Annual report on the working of the mental hospitals in the Madras Presidency - 1912-1932
Year: 1912
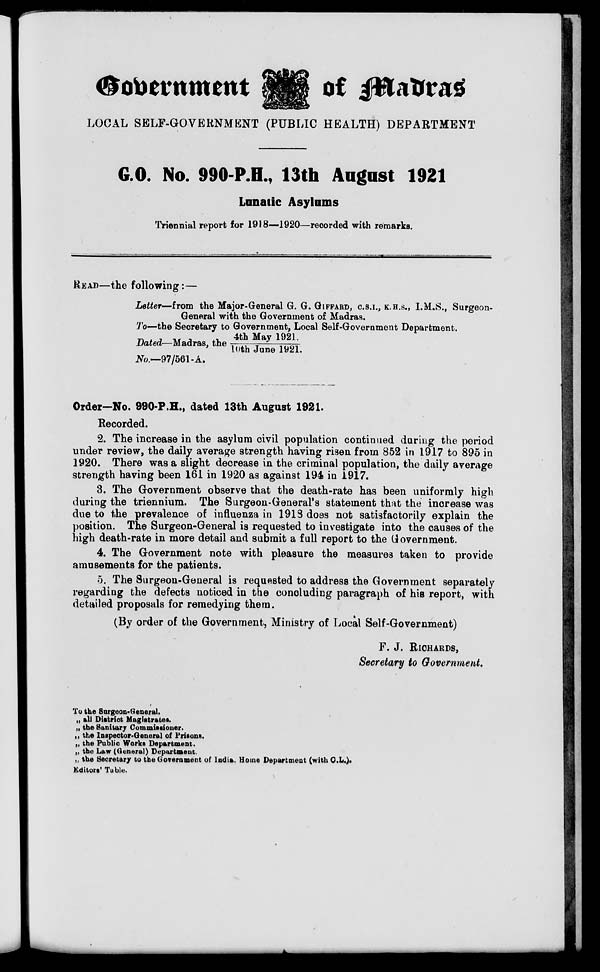
Government
of Madras
LOCAL SELF-GOVERNMENT (PUBLIC HEALTH) DEPARTMENT
G.O. No. 990-P.H., 13th August 1921
Lunatic Asylums
Triennial report for 1918—1920—recorded with remarks.
READ—the following:—
Letter—from the Major-General G. G. GIFFARD, C.S.I., K.H.S., I.M.S., Surgeon-
General with the Government of Madras.
To—the Secretary to Government, Local Self-Government Department.
Dated—Madras,the 4th May 1921./10th June 1921.
No.—97/561-A.
Order—No. 990-P.H., dated 13th August 1921.
Recorded.
2. The increase in the asylum civil population continued during the period
under review, the daily average strength having risen from 852 in 1917 to 895 in
1920. There was a slight decrease in the criminal population, the daily average
strength having been 161 in 1920 as against 194 in 1917.
3. The Government observe that the death-rate has been uniformly high
during the triennium. The Surgeon-General's statement that the increase was
due to the prevalence of influenza in 1918 does not satisfactorily explain the
position. The Surgeon-General is requested to investigate into the causes of the
high death-rate in more detail and submit a full report to the Government.
4. The Government note with pleasure the measures taken to provide
amusements for the patients.
5. The Surgeon-General is requested to address the Government separately
regarding the defects noticed in the concluding paragraph of his report, with
detailed proposals for remedying them.
(By order of the Government, Ministry of Local Self-Government)
F. J. RICHARDS,
Secretary to Government.
To the Surgeon-General.
„ all District Magistrates.
„ the Sanitary Commissioner.
„ the Inspector-General of Prisons.
„ the Public Works Department.
„ the Law (General) Department.
„ the Secretary to the Government of India, Home Department (with C.L.).
Editors' Table.